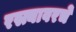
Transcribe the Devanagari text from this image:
रस्त्यावरचे